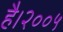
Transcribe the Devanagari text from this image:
है।२००५